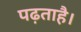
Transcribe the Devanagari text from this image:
पढ़ताहै।